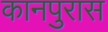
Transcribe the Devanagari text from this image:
कानपुरास